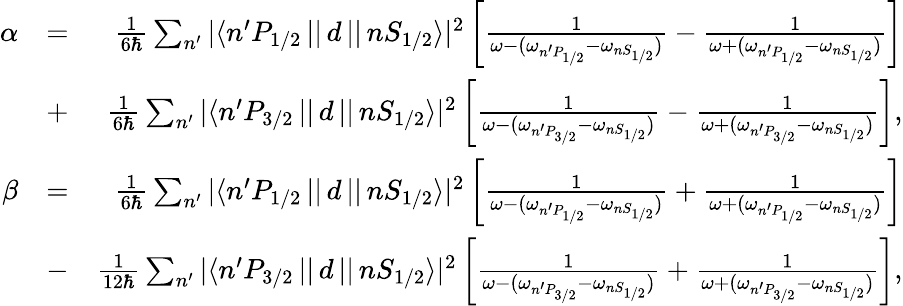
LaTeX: \begin{array}{rlr}{\alpha}&{=}&{\frac{1}{6\hbar}\sum_{n^{\prime}}{|\langle n^{\prime}P_{1/2}\, ||\, d\, ||\, nS_{1/2}\rangle|^{2}}\left[\frac{1}{\omega-(\omega_{n^{\prime}P_{1/2}}-\omega_{nS_{1/2}})}-\frac{1}{\omega+(\omega_{n^{\prime}P_{1/2}}-\omega_{nS_{1/2}})}\right]}\\ &{+}&{\frac{1}{6\hbar}\sum_{n^{\prime}}{|\langle n^{\prime}P_{3/2}\, ||\, d\, ||\, nS_{1/2}\rangle|^{2}}\left[\frac{1}{\omega-(\omega_{n^{\prime}P_{3/2}}-\omega_{nS_{1/2}})}-\frac{1}{\omega+(\omega_{n^{\prime}P_{3/2}}-\omega_{nS_{1/2}})}\right],}\\ {\beta}&{=}&{\frac{1}{6\hbar}\sum_{n^{\prime}}{|\langle n^{\prime}P_{1/2}\, ||\, d\, ||\, nS_{1/2}\rangle|^{2}}\left[\frac{1}{\omega-(\omega_{n^{\prime}P_{1/2}}-\omega_{nS_{1/2}})}+\frac{1}{\omega+(\omega_{n^{\prime}P_{1/2}}-\omega_{nS_{1/2}})}\right]}\\ &{-}&{\frac{1}{12\hbar}\sum_{n^{\prime}}{|\langle n^{\prime}P_{3/2}\, ||\, d\, ||\, nS_{1/2}\rangle|^{2}}\left[\frac{1}{\omega-(\omega_{n^{\prime}P_{3/2}}-\omega_{nS_{1/2}})}+\frac{1}{\omega+(\omega_{n^{\prime}P_{3/2}}-\omega_{nS_{1/2}})}\right],}\end{array}